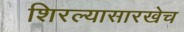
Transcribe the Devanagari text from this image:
शिरल्यासारखेच